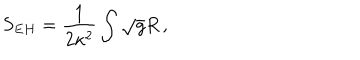
LaTeX: S _ { E H } = \frac { 1 } { 2 \kappa ^ { 2 } } \int \sqrt { g } R \, ,